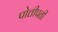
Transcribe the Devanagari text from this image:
पोत्तीपती